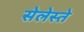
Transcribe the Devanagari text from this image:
सेलेस्ते